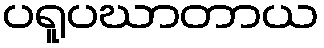
ပရူပဃာတာယ